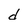
Character: d